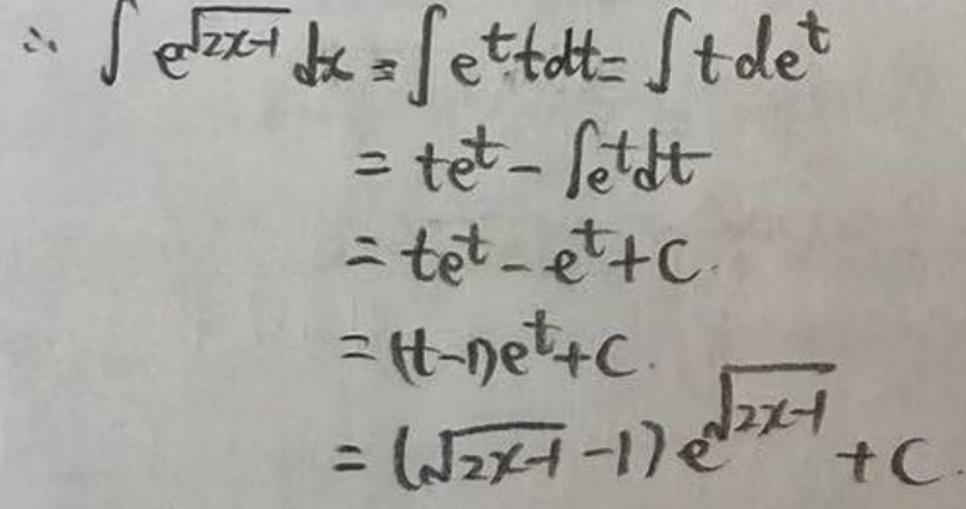
\(\therefore \int e^{\sqrt{2x + 1}}dx=\int e^{t}dt=\int tde^{t}\)

\(=te^{t}-\int e^{t}dt\)

\(=te^{t}-e^{t}+C\)

\(=(t - 1)e^{t}+C\)

\(=(\sqrt{2x + 1}-1)e^{\sqrt{2x + 1}}+C\)